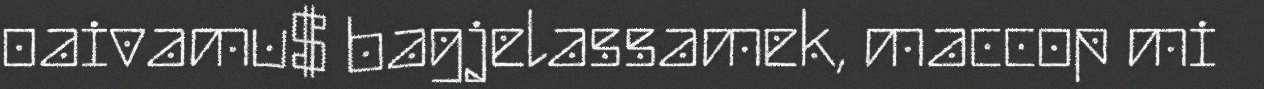
oaivamu$ bagjelassamek, maccop mi